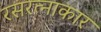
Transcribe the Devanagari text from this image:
रसरत्नाकार